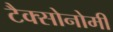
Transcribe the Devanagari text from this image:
टैक्सोनोमी